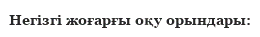
Негізгі жоғарғы оқу орындары: